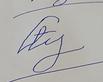
Signature authenticity: forged